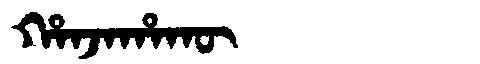
Manchu: ᡥᠠᠨᠵᠠᡥᠠᡴᡡ
Romanization: HANJAHAKŪ